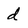
Character: d